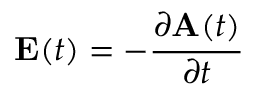
\mathbf { E } ( t ) = - \frac { \partial \mathbf { A } ( t ) } { \partial t }